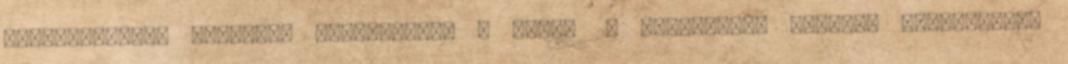
Casablancára? Szívesen megcsodálná a világ 2. legnagyobb vallási emlékművét,